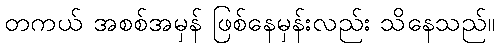
တကယ် အစစ်အမှန် ဖြစ်နေမှန်းလည်း သိနေသည်။